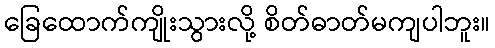
ခြေထောက်ကျိုးသွားလို့ စိတ်ဓာတ်မကျပါဘူး။